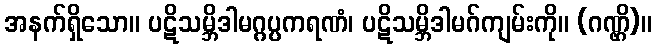
အနက်ရှိသော။ ပဋိသမ္ဘိဒါမဂ္ဂပ္ပကရဏံ၊ ပဋိသမ္ဘိဒါမဂ်ကျမ်းကို။ (ဂဏ္ဌိ)။